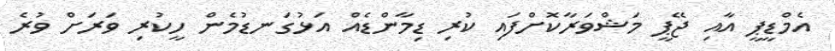
އެމްޑީޕީ އާއި ޖޭޕީ މަޝްވަރާކޮށްފައި ކުރި ޑިމާންޑެއް އަޅުގަނޑުމެން ހީކުރި ވަރަށް ވުރެ